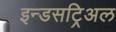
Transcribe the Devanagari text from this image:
इन्डसट्रिअल